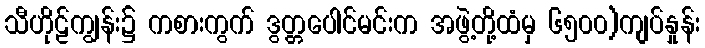
သီဟိုဠ်ကျွန်း၌ ကစားကွက် ဒွတ္တပေါင်မင်းက အဖွဲ့တို့ထံမှ ၆၅၀၀)ကျပ်နှုန်း